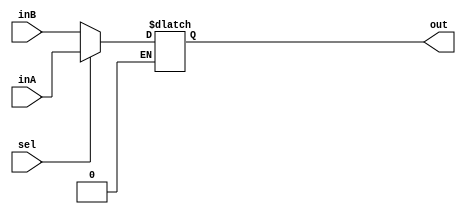
module Mux5Bit2To1(out, inA, inB, sel);

    output reg [4:0] out;
    
    input [4:0] inA;
    input [4:0] inB;
    input sel;
    
    always @(sel, inA, inB) begin
        if (sel == 1) 
            out <= inA;
        if (sel == 0)
            out <= inB;
    end
endmodule